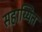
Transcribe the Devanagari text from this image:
सहाय्यित